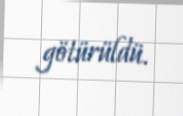
götürüldü.